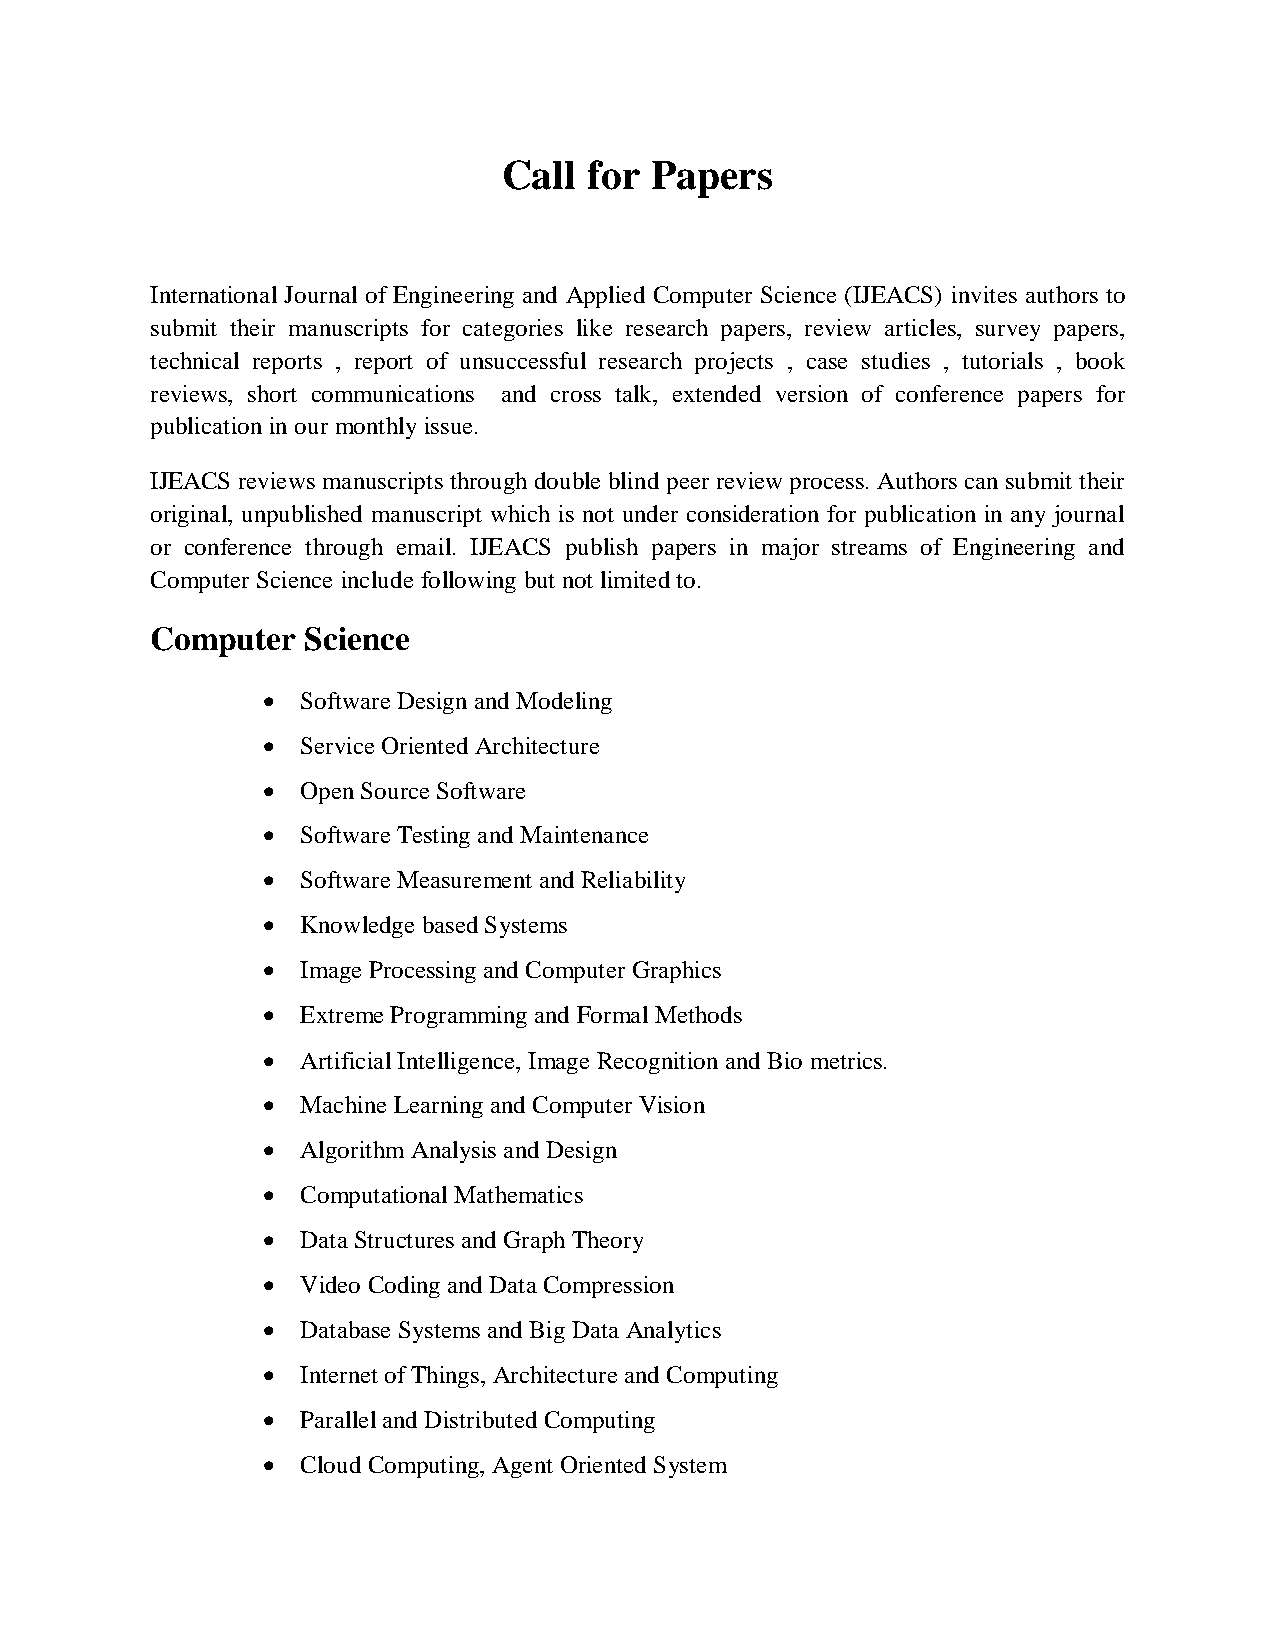
Call  for Papers
 International Journal of Engineering and Applied Computer Science (IJEACS) invites authors to
 submit their manuscripts for categories like research papers, review articles, survey papers,
 technical reports , report of unsuccessful research projects , case studies , tutorials , book
 reviews, short communications and cross talk, extended version of conference papers for
 publication in our monthly issue.
 IJEACS reviews manuscripts through double blind peer review process. Authors can submit their
 original, unpublished manuscript which is not under consideration for publication in any journal
 or conference through email. IJEACS publish papers in major streams of Engineering and
 Computer Science include following but not limited to.
 Computer  Science
   Software Design and Modeling
   Service Oriented Architecture
   Open Source Software
   Software Testing and Maintenance
   Software Measurement and Reliability
   Knowledge based Systems
   Image Processing and Computer Graphics
   Extreme Programming and Formal Methods
   Artificial Intelligence, Image Recognition and Bio metrics.
   Machine Learning and Computer Vision
   Algorithm Analysis and Design
   Computational Mathematics
   Data Structures and Graph Theory
   Video Coding and Data Compression
   Database Systems and Big Data Analytics
   Internet of Things, Architecture and Computing
   Parallel and Distributed Computing
   Cloud Computing, Agent Oriented System